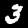
Label: 3